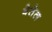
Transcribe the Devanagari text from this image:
बेतेल